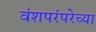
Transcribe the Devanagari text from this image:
वंशपरंपरेच्या